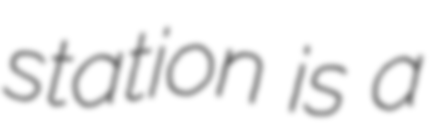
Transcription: station is a